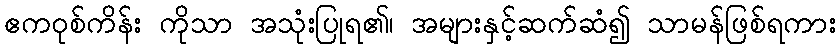
ဧကဝုစ်ကိန်း ကိုသာ အသုံးပြုရ၏၊ အများနှင့်ဆက်ဆံ၍ သာမန်ဖြစ်ရကား